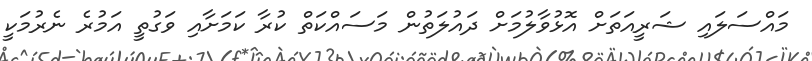
މައްސަލައި ޝަރީއަތަށް އޮޅުވާލުމަށް ދައުލަތުން މަސައްކަތް ކުރާ ކަމަށާއި ވަގުތީ އަމުރެ ނެރުމަކީ